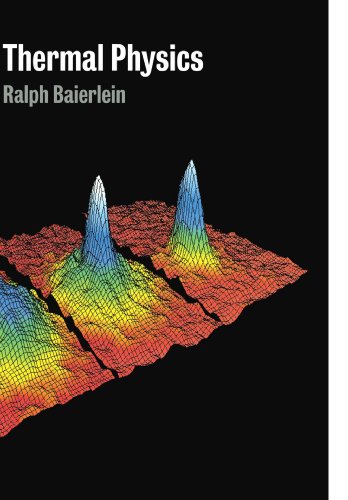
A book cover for Thermal Physics; Ralph Baierlein; Science & Math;